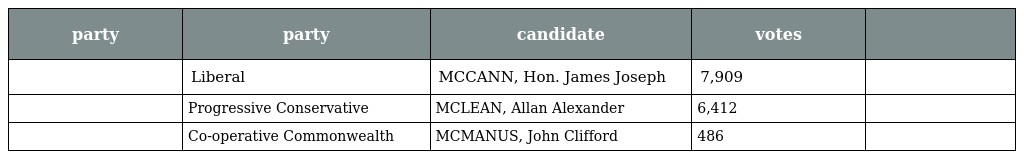
| party | party | candidate | votes |  |
 | --- | --- | --- | --- | --- |
 |  | Liberal | MCCANN, Hon. James Joseph | 7,909 |  |
 |  | Progressive Conservative | MCLEAN, Allan Alexander | 6,412 |  |
 |  | Co-operative Commonwealth | MCMANUS, John Clifford | 486 |  |